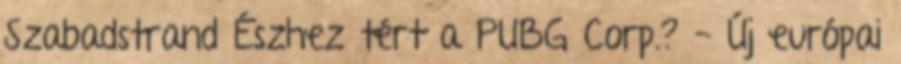
Szabadstrand Észhez tért a PUBG Corp.? - Új európai